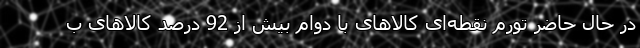
در حال حاضر تورم نقطه‌ای کالاهای با دوام بیش از 92 درصد کالاهای ب